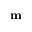
\mathbf { m }